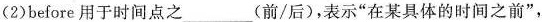
(2)before用于时间点之___(前/后)，表示”在某具体的时间之前”，